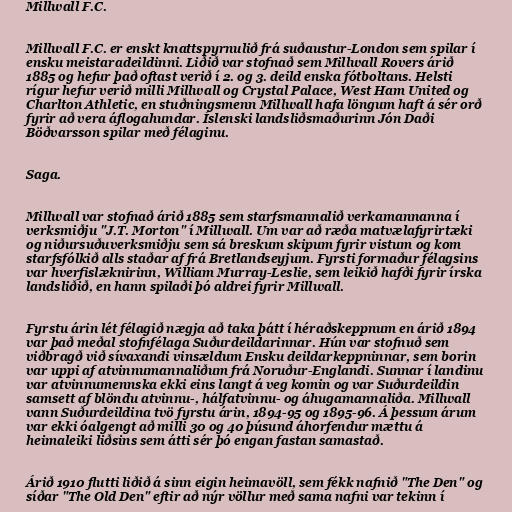
Millwall F.C.

Millwall F.C. er enskt knattspyrnulið frá suðaustur-London sem spilar í
ensku meistaradeildinni. Liðið var stofnað sem Millwall Rovers árið
1885 og hefur það oftast verið í 2. og 3. deild enska fótboltans. Helsti
rígur hefur verið milli Millwall og Crystal Palace, West Ham United og
Charlton Athletic, en stuðningsmenn Millwall hafa löngum haft á sér orð
fyrir að vera áflogahundar. Íslenski landsliðsmaðurinn Jón Daði
Böðvarsson spilar með félaginu.

Saga.

Millwall var stofnað árið 1885 sem starfsmannalið verkamannanna í
verksmiðju "J.T. Morton" í Millwall. Um var að ræða matvælafyrirtæki
og niðursuðuverksmiðju sem sá breskum skipum fyrir vistum og kom
starfsfólkið alls staðar af frá Bretlandseyjum. Fyrsti formaður félagsins
var hverfislæknirinn, William Murray-Leslie, sem leikið hafði fyrir írska
landsliðið, en hann spilaði þó aldrei fyrir Millwall.

Fyrstu árin lét félagið nægja að taka þátt í héraðskeppnum en árið 1894
var það meðal stofnfélaga Suðurdeildarinnar. Hún var stofnuð sem
viðbragð við sívaxandi vinsældum Ensku deildarkeppninnar, sem borin
var uppi af atvinnumannaliðum frá Noruður-Englandi. Sunnar í landinu
var atvinnumennska ekki eins langt á veg komin og var Suðurdeildin
samsett af blöndu atvinnu-, hálfatvinnu- og áhugamannaliða. Millwall
vann Suðurdeildina tvö fyrstu árin, 1894-95 og 1895-96. Á þessum árum
var ekki óalgengt að milli 30 og 40 þúsund áhorfendur mættu á
heimaleiki liðsins sem átti sér þó engan fastan samastað.

Árið 1910 flutti liðið á sinn eigin heimavöll, sem fékk nafnið "The Den" og
síðar "The Old Den" eftir að nýr völlur með sama nafni var tekinn í